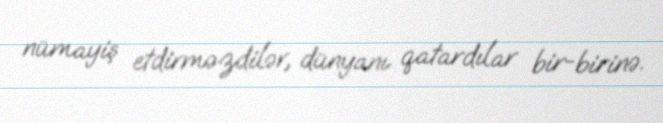
nümayiş etdirməzdilər, dünyanı qatardılar bir-birinə.